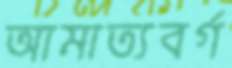
আমাত্যবর্গ